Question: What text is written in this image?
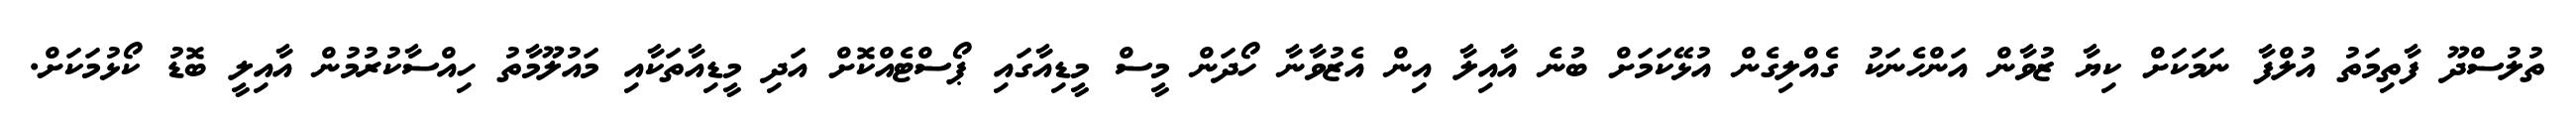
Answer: ތުލުސްދޫ ފާތިމަތު އުލްފާ ނަމަކަށް ކިޔާ ޒުވާން އަންހެނަކު ގެއްލިގެން އުޅޭކަމަށް ބުނެ އާއިލާ އިން އެޒުވާނާ ހޯދަން މީސް މީޑިއާގައި ޕޯސްޓެއްކޮށް އަދި މީޑިއާތަކާއި މައުލޫމާތު ހިއްސާކުރުމުން އާއިލީ ބޮޑު ކޯޅުމަކަށް.